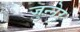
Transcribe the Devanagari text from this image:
जुन्नेर